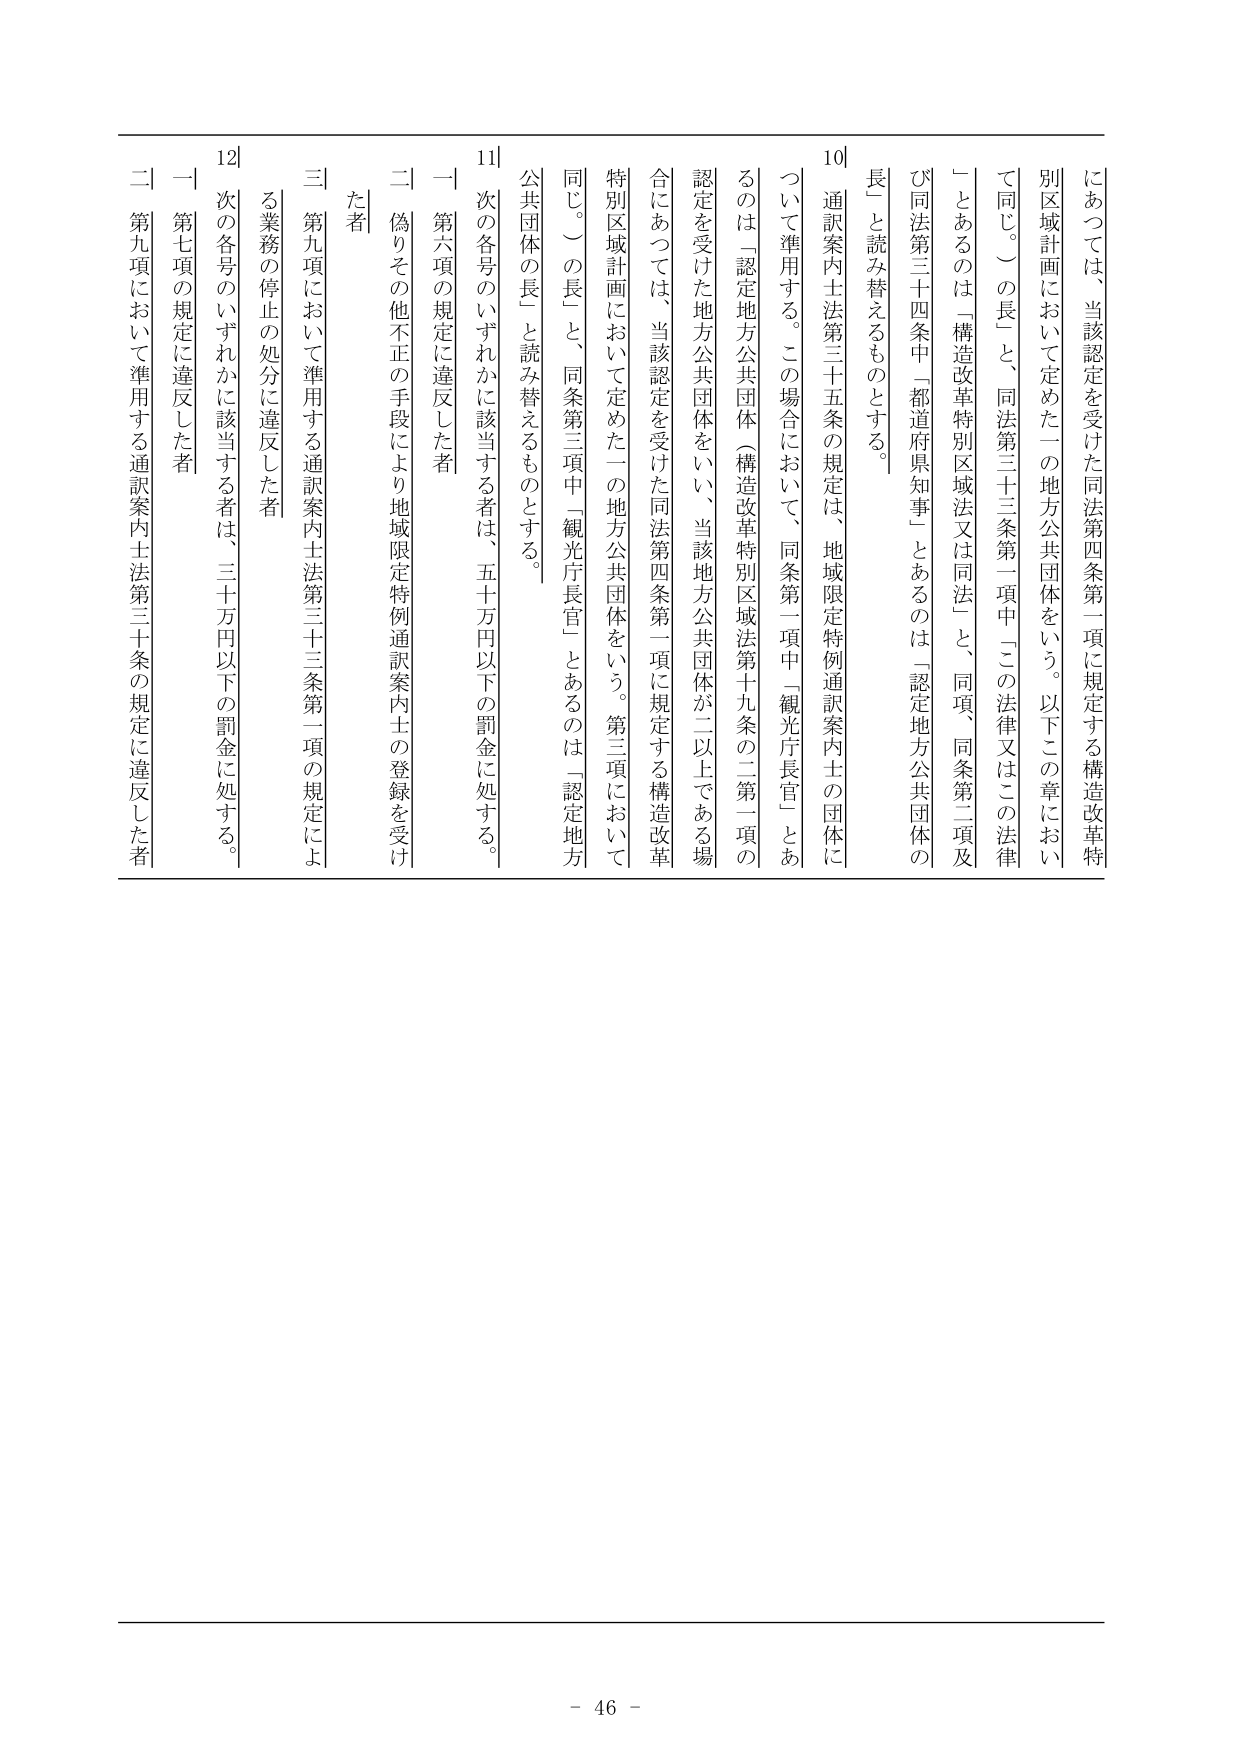
にあっては、当該認定を受けた同法第四条第一項に規定する構造改革特別区域計画において定めた一の地方公共団体をいう。以下この章において同じ。）の長」と、同法第三十三条第一項中「この法律又はこの法律」とあるのは「構造改革特別区域法又は同法」と、同項、同条第二項及び同法第三十四条中「都道府県知事」とあるのは「認定地方公共団体の長」と読み替えるものとする。

10 通訳案内士法第三十五条の規定は、地域限定特例通訳案内士の団体について準用する。この場合において、同条第一項中「観光庁長官」とあるのは「認定地方公共団体（構造改革特別区域法第十九条の二第一項の認定を受けた地方公共団体をいい、当該地方公共団体が二以上である場合にあっては、当該認定を受けた同法第四条第一項に規定する構造改革特別区域計画において定めた一の地方公共団体をいう。第三項において同じ。）の長」と、同条第三項中「観光庁長官」とあるのは「認定地方公共団体の長」と読み替えるものとする。

11 次の各号のいずれかに該当する者は、五十万円以下の罰金に処する。
一 第六項の規定に違反した者
二 偽りその他不正の手段により地域限定特例通訳案内士の登録を受けた者
三 第九項において準用する通訳案内士法第三十三条第一項の規定による業務の停止の処分に違反した者

12 次の各号のいずれかに該当する者は、三十万円以下の罰金に処する。
一 第七項の規定に違反した者
二 第九項において準用する通訳案内士法第三十条の規定に違反した者

- 46 -